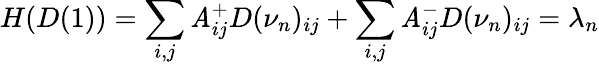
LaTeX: H(D(1))=\sum_{i,j}\mathit{A}_{ij}^{+}D(\nu_{n})_{ij}+\sum_{i,j}\mathit{A}_{ij}^{-}D(\nu_{n})_{ij}=\lambda_{n}